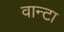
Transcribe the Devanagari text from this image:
वान्टा